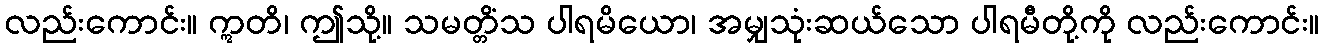
လည်းကောင်း။ ဣတိ၊ ဤသို့။ သမတ္တိံသ ပါရမိယော၊ အမျှသုံးဆယ်သော ပါရမီတို့ကို လည်းကောင်း။